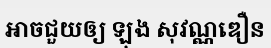
អាចជួយឲ្យ ឡុង សុវណ្ណឌឿន